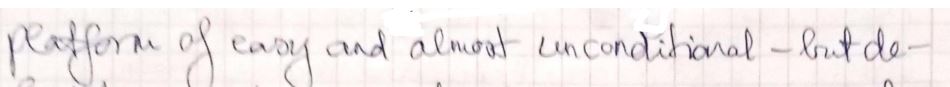
platform of easy and almost unconditional - but de-